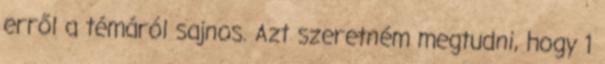
erről a témáról sajnos. Azt szeretném megtudni, hogy 1